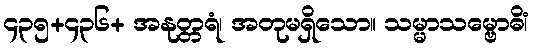
၄၃၅+၄၃၆+ အနုတ္တရံ၊ အတုမရှိသော။ သမ္မာသမ္ဗောဓိံ၊